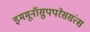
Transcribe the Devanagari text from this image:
इममूनॉसुपपरेससंत्स